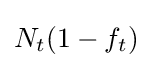
N_{t}(1-f_{t})